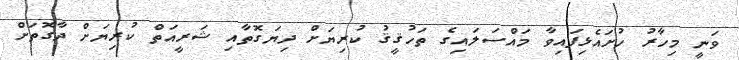
ވަނީ މިހާރު ހުށައެޅިފައިވާ މައްސަލައިގެ ތަހުޤީޤު ކުރިޔަށް ދިޔަގޮތާއި ޝަރީއަތް ކުރިޔަށް ދާގޮތަށް